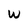
Character: w